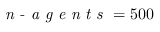
\textit { n - a g e n t s } = 5 0 0